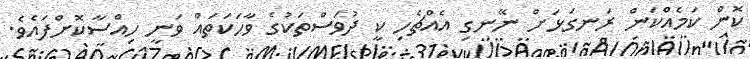
ކޮން ކަމެއްކަން ރަނގަޅަށް ނޭނގި އެއްޗެހި ކީ ދުވަސްތަކުގެ ވާހަކަތައް ވަނީ ހިއްސާކޮށްފައެވެ.